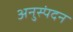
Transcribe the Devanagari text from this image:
अनुस्पंदन